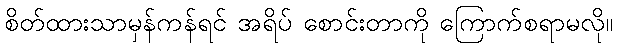
စိတ်ထားသာမှန်ကန်ရင် အရိပ် စောင်းတာကို ကြောက်စရာမလို။